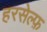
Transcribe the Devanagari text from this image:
हरसेल्फ़